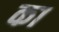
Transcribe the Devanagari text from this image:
का